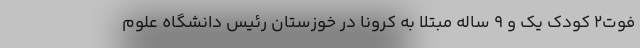
فوت2 کودک یک و ۹ ساله مبتلا به کرونا در خوزستان رئیس دانشگاه علوم